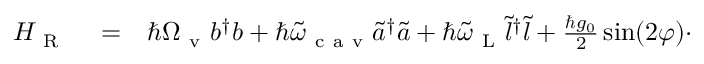
\begin{array} { r l r } { H _ { \mathrm { ~ R ~ } } } & { { } = } & { \hbar \Omega _ { \mathrm { ~ v ~ } } b ^ { \dagger } b + \hbar \tilde { \omega } _ { \mathrm { ~ c ~ a ~ v ~ } } \tilde { a } ^ { \dagger } \tilde { a } + \hbar \tilde { \omega } _ { \mathrm { ~ L ~ } } \tilde { l } ^ { \dagger } \tilde { l } + \frac { \hbar g _ { 0 } } { 2 } \sin ( 2 \varphi ) \cdot } \end{array}